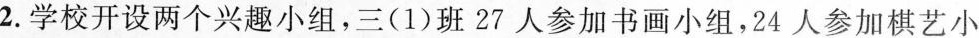
2.学校开设两个兴趣小组，三(1)班27人参加书画小组，24人参加棋艺小